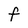
Character: F